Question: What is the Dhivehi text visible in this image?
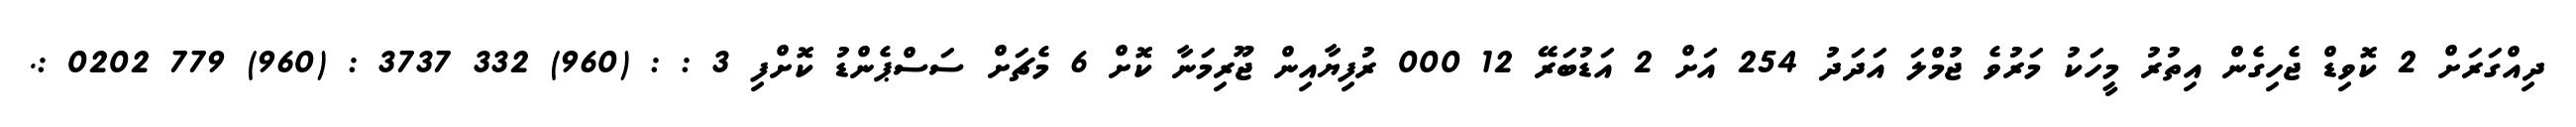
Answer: ދިއްގަރަށް 2 ކޮވިޑް ޖެހިގެން އިތުރު މީހަކު މަރުވެ ޖުމްލަ އަދަދު 254 އަށް 2 އަޑުބަރޭ 12 000 ރުފިޔާއިން ޖޫރިމަނާ ކޮށް 6 މެޗަށް ސަސްޕެންޑު ކޮށްފި 3 : : (960) 332 3737 : (960) 779 0202 :.